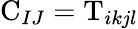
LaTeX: \mathrm{C}_{IJ}=\mathrm{T}_{ikjl}